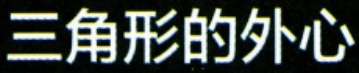
三角形的外心